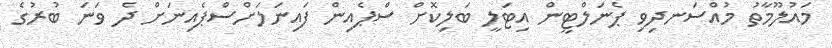
މައުލޫމާތު މުއްސަނދިވި ޕެނަލްޓީން އިޓަލީ ބަލިކޮށް ސްޕެއިން ފައިނަލަށްސްޕެއިނަށް ދެ ވަނަ ބުރުގެ